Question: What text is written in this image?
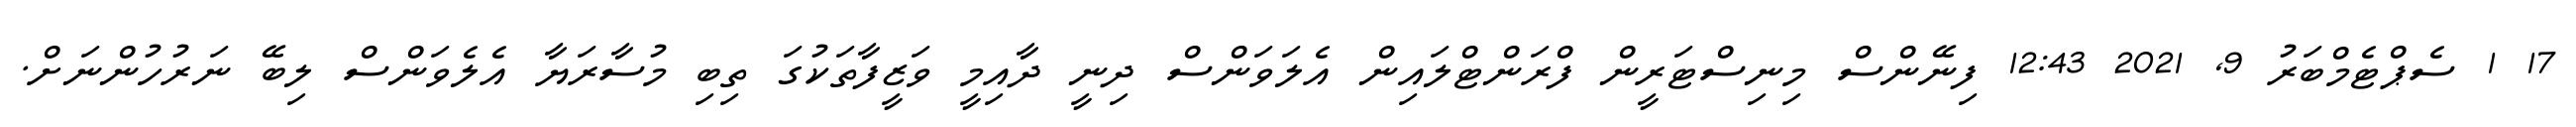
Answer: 17 1 ސެޕްޓެމްބަރު 9, 2021 12:43 ފިނޭންސް މިނިސްޓަރީން ފްރަންޓްލައިން އެލަވަންސް ދިނީ ދާއިމީ ވަޒީފާތަކުގަ ތިބި މުސާރަޔާ އެލެވަންސް ލިބޭ ނަރުހުންނަށް.